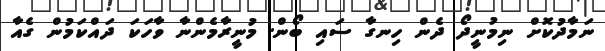
ނަމާދުކޮށް ނިމުނީދޯ ދެން ހިނގާ ސައި ބޯން. މުނީރާމެންނާ ވާހަކަ ދައްކަމުން ގެއާ